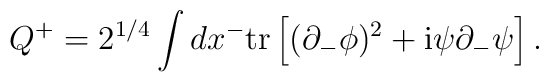
Q^+  =  2^{1/4} \int dx^- \mbox{tr} \left[           (\partial_- \phi)^2 + {\rm i}  \psi \partial_- \psi   \right].